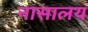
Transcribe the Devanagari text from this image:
नासालय